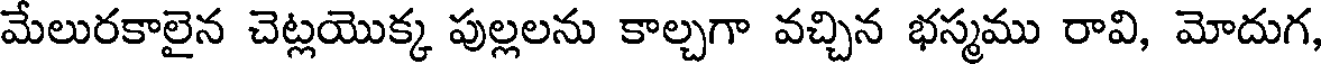
మేలురకాలైన చెట్లయొక్క పుల్లలను కాల్చగా వచ్చిన భస్మము రావి, మోదుగ,